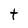
Character: t